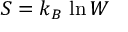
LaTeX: S = k _ { B } \, \ln W